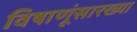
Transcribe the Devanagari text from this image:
विषाणूंसारख्या